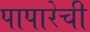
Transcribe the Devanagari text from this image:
पापारेची